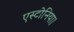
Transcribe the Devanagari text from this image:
एस्टोनिया।